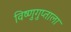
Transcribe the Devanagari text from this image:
विष्णुगुप्ताला